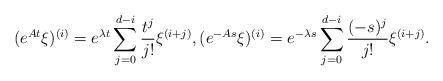
LaTeX: \begin{align*}(e^{At}\xi)^{(i)}=e^{\lambda t}\sum_{j=0}^{d-i}\frac{ t^j}{j!}\xi^{(i+j)},(e^{-As}\xi)^{(i)}=e^{-\lambda s}\sum_{j=0}^{d-i}\frac{(- s)^j}{j!}\xi^{(i+j)}.\end{align*}